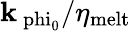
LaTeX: \mathbf{k}_{\mathrm{{\ phi_{\mathrm{{0}}}}}}/\eta_{\mathrm{{melt}}}